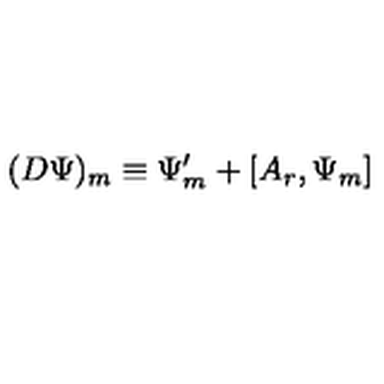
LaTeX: ( D \Psi ) _ { m } \equiv \Psi _ { m } ^ { \prime } + [ A _ { r } , \Psi _ { m } ]